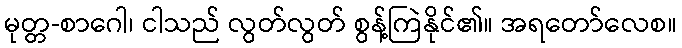
မုတ္တ-စာဂေါ၊ ငါသည် လွတ်လွတ် စွန့်ကြဲနိုင်၏။ အရတော်လေစ။